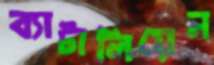
ব্যাটালিয়েন